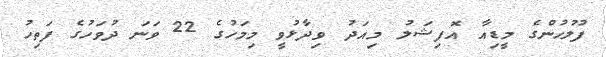
ފުލުހުންގެ މީޑިއާ އޮފިޝަލު މިއަދު ވިދާޅުވީ މިމަހުގެ 22 ވަނަ ދުވަހުގެ ފަތިހު